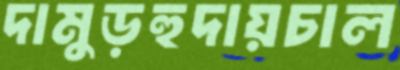
দামুড়হুদায়চাল